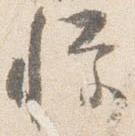
憚